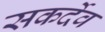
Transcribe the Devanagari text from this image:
सकर्देव